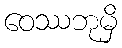
ဝေဿဘုမှိ